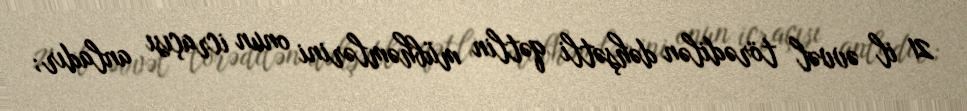
21 il əvvəl törədilən dəhşətli qətlin mübhəmlərini onun icraçısı anladır;